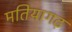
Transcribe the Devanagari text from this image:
मतियागढ़